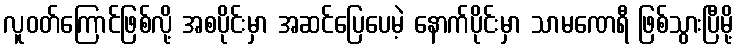
လူဝတ်ကြောင်ဖြစ်လို့ အစပိုင်းမှာ အဆင်ပြေပေမဲ့ နောက်ပိုင်းမှာ သာမဏေရီ ဖြစ်သွားပြီမို့